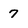
Character: 7